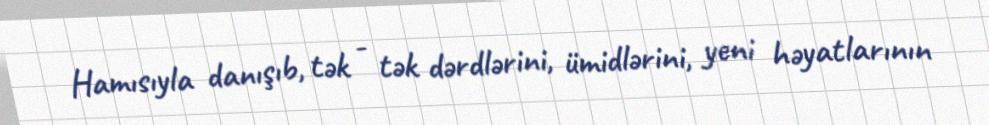
Hamısıyla danışıb, tək - tək dərdlərini, ümidlərini, yeni həyatlarının